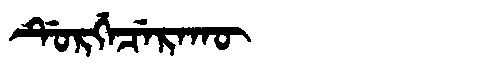
Manchu: ᡩᡠᡵᡤᡝᠴᡝᡵᠠᡴᡡ
Romanization: DURGECERAKŪ